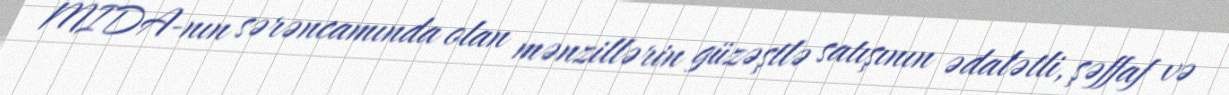
MIDA-nın sərəncamında olan mənzillərin güzəştlə satışının ədalətli, şəffaf və